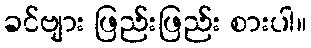
ခင်ဗျား ဖြည်းဖြည်း စားပါ။